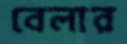
বেলার